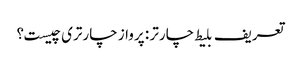
تعریف بلیط چارتر : پرواز چارتری چیست؟